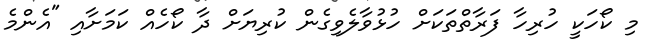
މި ކޯހަކީ ހުރިހާ ފަރާތްތަކަށް ހުޅުވާލެވިގެން ކުރިޔަށް ދާ ކޯހެއް ކަމަށާއި "އެންމެ